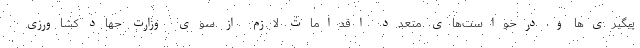
پیگیری‌ها و درخواست‌های متعدد اقدامات لازم از سوی وزارت جهاد کشاورزی